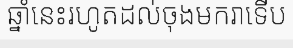
ឆ្នាំនេះរហូតដល់ចុងមករាទើប